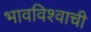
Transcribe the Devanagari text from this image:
भावविश्वाची